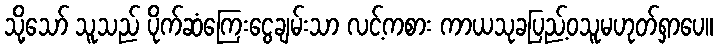
သို့သော် သူသည် ပိုက်ဆံကြေးငွေချမ်းသာ လင့်ကစား ကာယသုခပြည့်ဝသူမဟုတ်ရှာပေ။